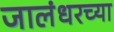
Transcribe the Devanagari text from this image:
जालंधरच्या